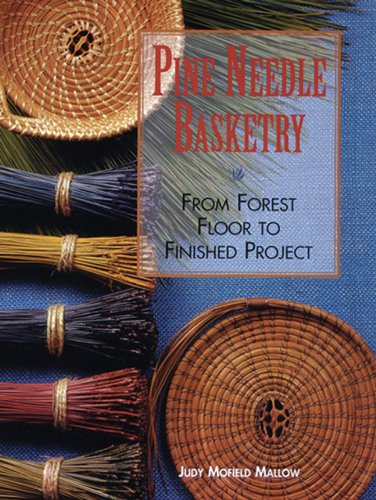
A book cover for Pine Needle Basketry: From Forest Floor to Finished Project; Judy Mallow; Crafts, Hobbies & Home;